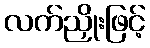
လက်ညှိုးဖြင့်